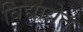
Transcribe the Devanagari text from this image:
विद्यायेत